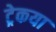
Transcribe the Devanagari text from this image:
ट्रेकया